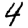
Digit: 4